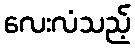
လေးလံသည့်